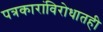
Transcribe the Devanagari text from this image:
पत्रकारांविरोधातही